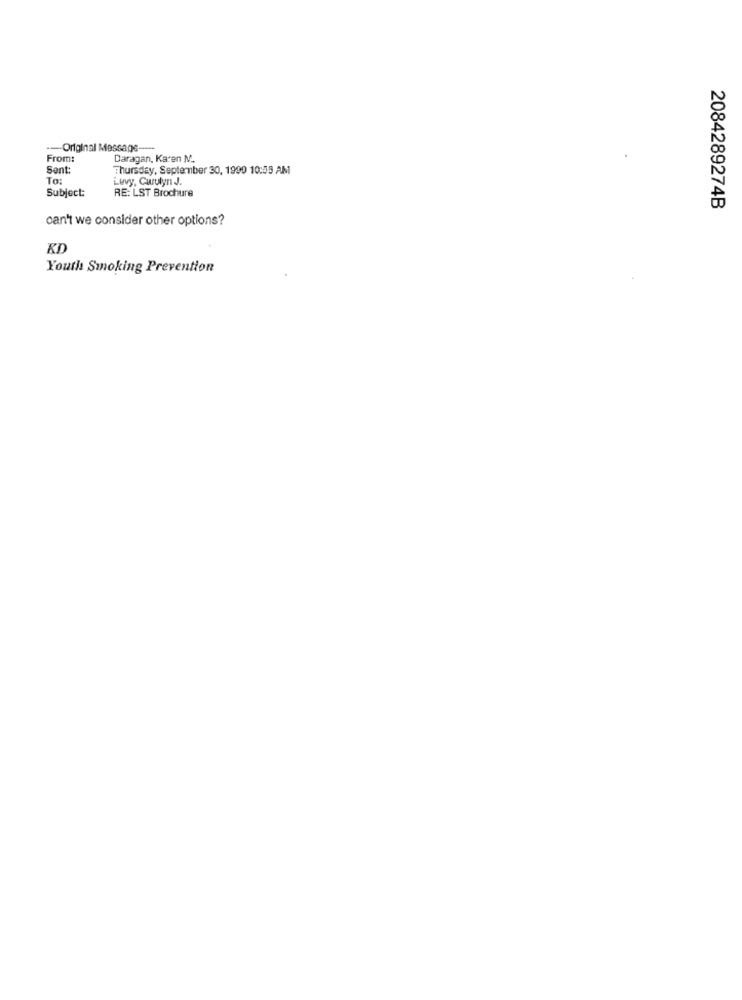
-- Original Message ----
From
Daragan, Karen M.
Sent:
Thursday, September 30, 1999 10:03 AM
To:
Luvy, Curulyn J.
Subject:
RE: LST Brochure
2084289274B
can't we consider other options?
KD
Youth Smoking Prevention